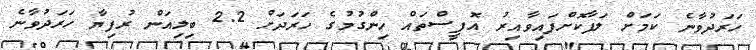
ހަރަދުވާނެ ކަމަށް ލަފާކޮށްފައިވާއިރު އޮފީސްތައް ހިންގުމުގެ ހަރަދަށް 2.2 ބިލިއަން ރުފިޔާ ހަރަދުވާނެ